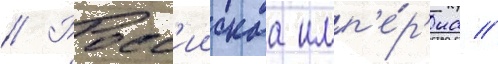
// Росс'иискаа имп'е́р'иа //